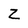
Character: Z